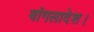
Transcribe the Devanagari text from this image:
बांगलादेश।